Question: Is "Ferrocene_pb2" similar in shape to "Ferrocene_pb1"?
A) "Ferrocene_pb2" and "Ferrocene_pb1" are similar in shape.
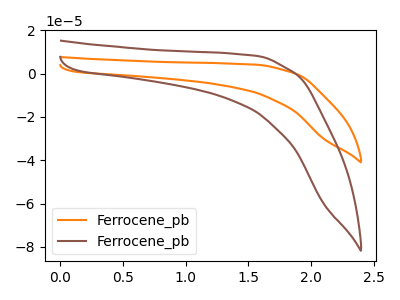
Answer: <think>The orange curve "Ferrocene_pb1" has no peaks. The brown curve "Ferrocene_pb2" has no peaks.
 Neither "Ferrocene_pb2" or "Ferrocene_pb1" have any peaks.</think>
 <answer>A) "Ferrocene_pb2" and "Ferrocene_pb1" are similar in shape.</answer>
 <eval>A</eval>